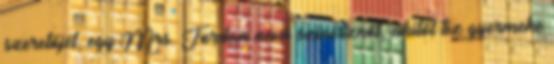
szeretőjét, egy Mrs. Jordan nevű színésznőt, akitől tíz gyermeke